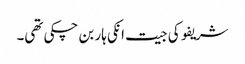
شریفو کی جیت انکی ہار بن چکی تھی۔